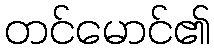
တင်မောင်၏